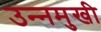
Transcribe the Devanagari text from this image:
उन्‍नमुखी